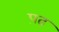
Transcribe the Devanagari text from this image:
प़ढ